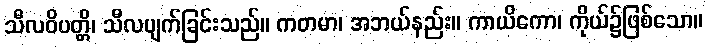
သီလဝိပတ္တိ၊ သီလပျက်ခြင်းသည်။ ကတမာ၊ အဘယ်နည်း။ ကာယိကော၊ ကိုယ်၌ဖြစ်သော။